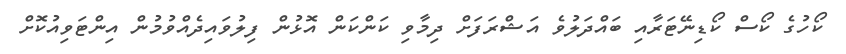
ކޯހުގެ ކޯސް ކޯޑިނޭޓަރާއި ބައްދަލުވެ އަޝްރަފަށް ދިމާވި ކަންކަން އޮޅުން ފިލުވައިދެއްވުމުން އިންޓަވިއުކޮށް